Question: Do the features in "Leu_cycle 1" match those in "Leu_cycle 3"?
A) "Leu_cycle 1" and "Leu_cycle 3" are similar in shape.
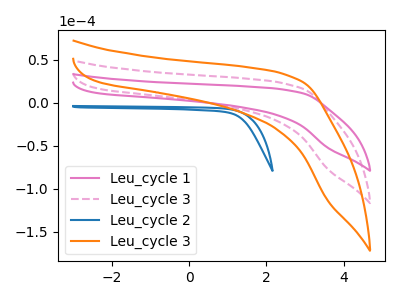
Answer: <think>The pink curve "Leu_cycle 1" has no peaks. The pink dashed curve "Leu_cycle 3" has no peaks. The blue curve "Leu_cycle 2" has no peaks. The orange curve "Leu_cycle 3" has no peaks.
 Neither "Leu_cycle 1" or "Leu_cycle 3" have any peaks.</think>
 <answer>A) "Leu_cycle 1" and "Leu_cycle 3" are similar in shape.</answer>
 <eval>A</eval>